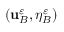
( \mathbf { u } _ { B } ^ { \varepsilon } , \eta _ { B } ^ { \varepsilon } )